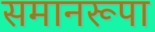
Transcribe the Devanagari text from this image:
समानरूपा